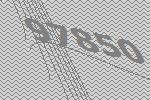
97850